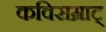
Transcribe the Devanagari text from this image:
कविसम्राट्